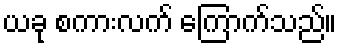
ယခု စကားလက် ကြောက်သည်။